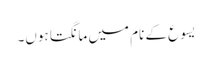
یسوع کے نام میں مانگتا ہوں۔